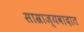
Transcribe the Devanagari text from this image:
साम्राज्यवादात